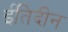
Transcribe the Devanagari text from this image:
ईतिदीन